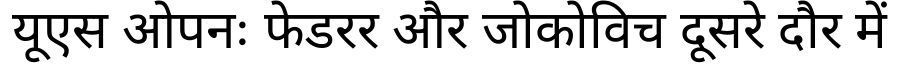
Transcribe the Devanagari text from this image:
यूएस ओपनः फेडरर और जोकोविच दूसरे दौर में